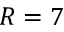
R = 7